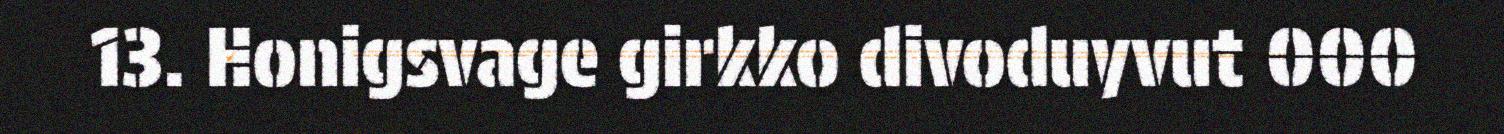
13. Honigsvage girkko divoduyvut 000